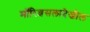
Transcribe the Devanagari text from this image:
मॉरिशसलादेखील